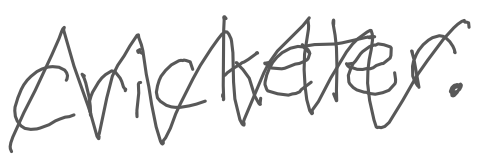
Text: cricketer.
Cross-out: zig-zag
Writing tool: digital_gray